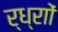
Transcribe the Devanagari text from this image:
र्ध्रााेंं